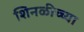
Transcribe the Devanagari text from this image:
शिनळीच्च्या